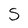
Character: S